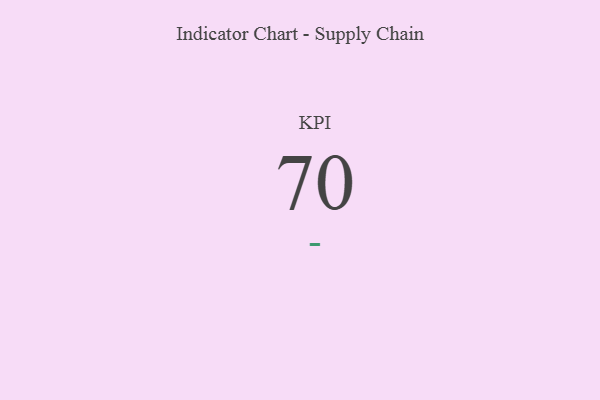
{"axis": {"x": "KPI", "y": "Value"}, "legend": [""], "data": [{"x": "KPI", "y": 70, "type": ""}]}